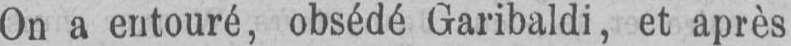
On a entouré, obsédé Garibaldi, et après